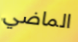
الماضي